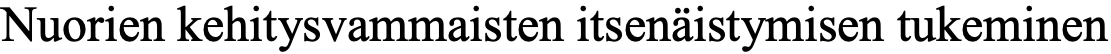
Nuorien kehitysvammaisten itsenäistymisen tukeminen